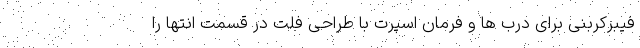
فیبرکربنی برای درب ها و فرمان اسپرت با طراحی فلت در قسمت انتها را